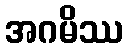
အဂမိဿ